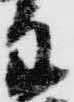
主